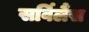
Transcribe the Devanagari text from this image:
सर्विलैंस